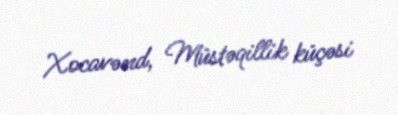
Xocavənd, Müstəqillik küçəsi